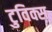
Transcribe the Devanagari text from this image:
टुविक्स